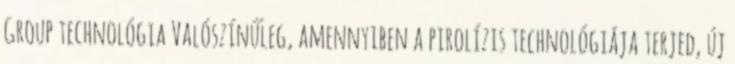
Group technológia Valószínűleg, amennyiben a pirolízis technológiája terjed, új